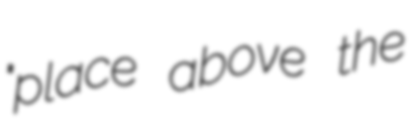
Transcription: "place above the